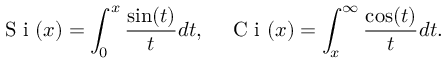
\mathrm { ~ S ~ i ~ } ( x ) = \int _ { 0 } ^ { x } \frac { \sin ( t ) } { t } d t , \quad \mathrm { ~ C ~ i ~ } ( x ) = \int _ { x } ^ { \infty } \frac { \cos ( t ) } { t } d t .